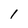
Character: l